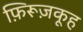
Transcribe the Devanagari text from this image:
फ़िरूज़कूह